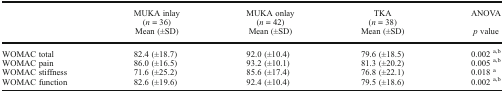
<table><thead><tr><td rowspan="2"></td><td><b>MUKA inlay(<i>n</i> = 36)</b></td><td><b>MUKA onlay(<i>n</i> = 42)</b></td><td><b>TKA(<i>n</i> = 38)</b></td><td><b>ANOVA</b></td></tr><tr><td><b>Mean (±SD)</b></td><td><b>Mean (±SD)</b></td><td><b>Mean (±SD)</b></td><td><b><i>p</i> value</b></td></tr></thead><tbody><tr><td>WOMAC total</td><td>82.4 (±18.7)</td><td>92.0 (±10.4)</td><td>79.6 (±18.5)</td><td>0.002 <sup>a,b</sup></td></tr><tr><td>WOMAC pain</td><td>86.0 (±16.5)</td><td>93.2 (±10.1)</td><td>81.3 (±20.2)</td><td>0.005 <sup>a,b</sup></td></tr><tr><td>WOMAC stiffness</td><td>71.6 (±25.2)</td><td>85.6 (±17.4)</td><td>76.8 (±22.1)</td><td>0.018 <sup>a</sup></td></tr><tr><td>WOMAC function</td><td>82.6 (±19.6)</td><td>92.4 (±10.4)</td><td>79.5 (±18.6)</td><td>0.002 <sup>a,b</sup></td></tr></tbody></table>